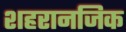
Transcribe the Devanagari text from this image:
शहरानजिक